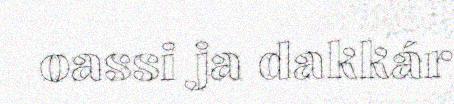
oassi ja dakkár